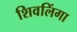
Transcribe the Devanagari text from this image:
शिवलिंगा